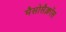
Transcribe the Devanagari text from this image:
मैसोसैक्लोंस